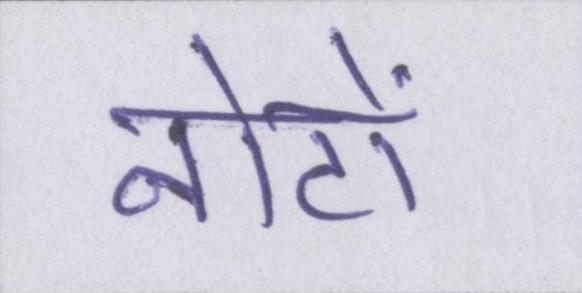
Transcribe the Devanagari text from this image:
नोटों